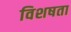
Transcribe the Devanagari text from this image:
विशषता